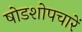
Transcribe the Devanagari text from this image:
षोडशोपचारें